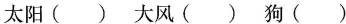
太阳（） 大风（） 狗（）